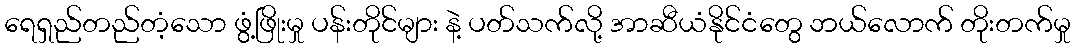
ရေရှည်တည်တံ့သော ဖွံ့ဖြိုးမှု ပန်းတိုင်များ နဲ့ ပတ်သက်လို့ အာဆီယံနိုင်ငံတွေ ဘယ်လောက် တိုးတက်မှု